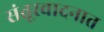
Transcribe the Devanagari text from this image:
संतूरवादनात